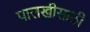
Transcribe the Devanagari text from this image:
पालखीसाठी